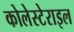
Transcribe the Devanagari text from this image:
कोलेस्टेराइल